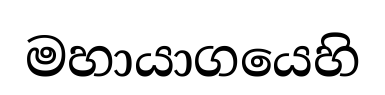
මහායාගයෙහි